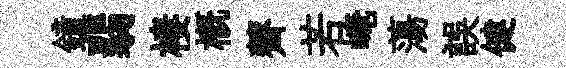
鐘翡棲槪薺若崦蕩誤健